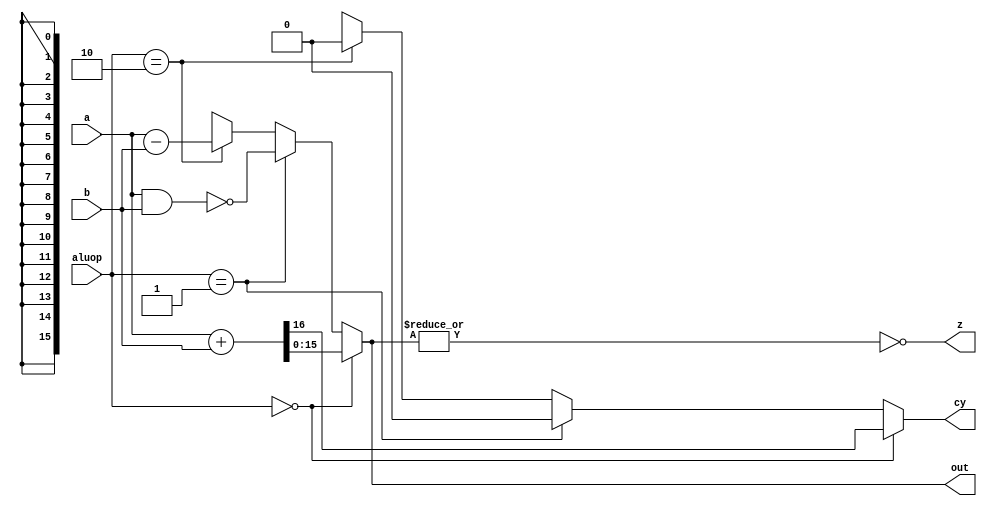
module alu_pp(a,b,aluop,out,cy,z);
input [15:0] a,b;
input [1:0] aluop;
output reg [15:0] out;
output reg cy;
output z;

assign z=~|out;

always @(*)
begin
if(aluop==2'b00)
{cy,out}=a+b;
else if(aluop==2'b01) begin
out=~(a&b);
cy=1'b0;
end
else if(aluop==2'b10) begin
out=a-b;
cy=1'b0;
end
else begin
out=16'hxxxx;
cy=1'bx;
end
end

endmodule